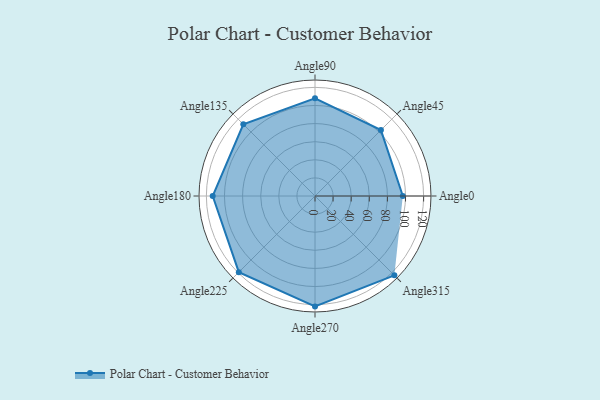
{"axis": {"x": "Angle", "y": "Radius"}, "legend": [""], "data": [{"x": "Angle0", "y": 97.0, "type": ""}, {"x": "Angle45", "y": 103.0, "type": ""}, {"x": "Angle90", "y": 108.0, "type": ""}, {"x": "Angle135", "y": 112.0, "type": ""}, {"x": "Angle180", "y": 113.0, "type": ""}, {"x": "Angle225", "y": 119.0, "type": ""}, {"x": "Angle270", "y": 122.0, "type": ""}, {"x": "Angle315", "y": 124.0, "type": ""}]}